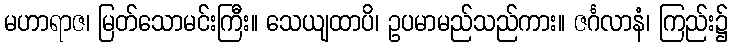
မဟာရာဇ၊ မြတ်သောမင်းကြီး။ သေယျထာပိ၊ ဥပမာမည်သည်ကား။ ဇင်္ဂလာနံ၊ ကြည်း၌